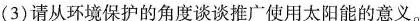
(3)请从环境保护的角度谈谈推广使用太阳能的意义。